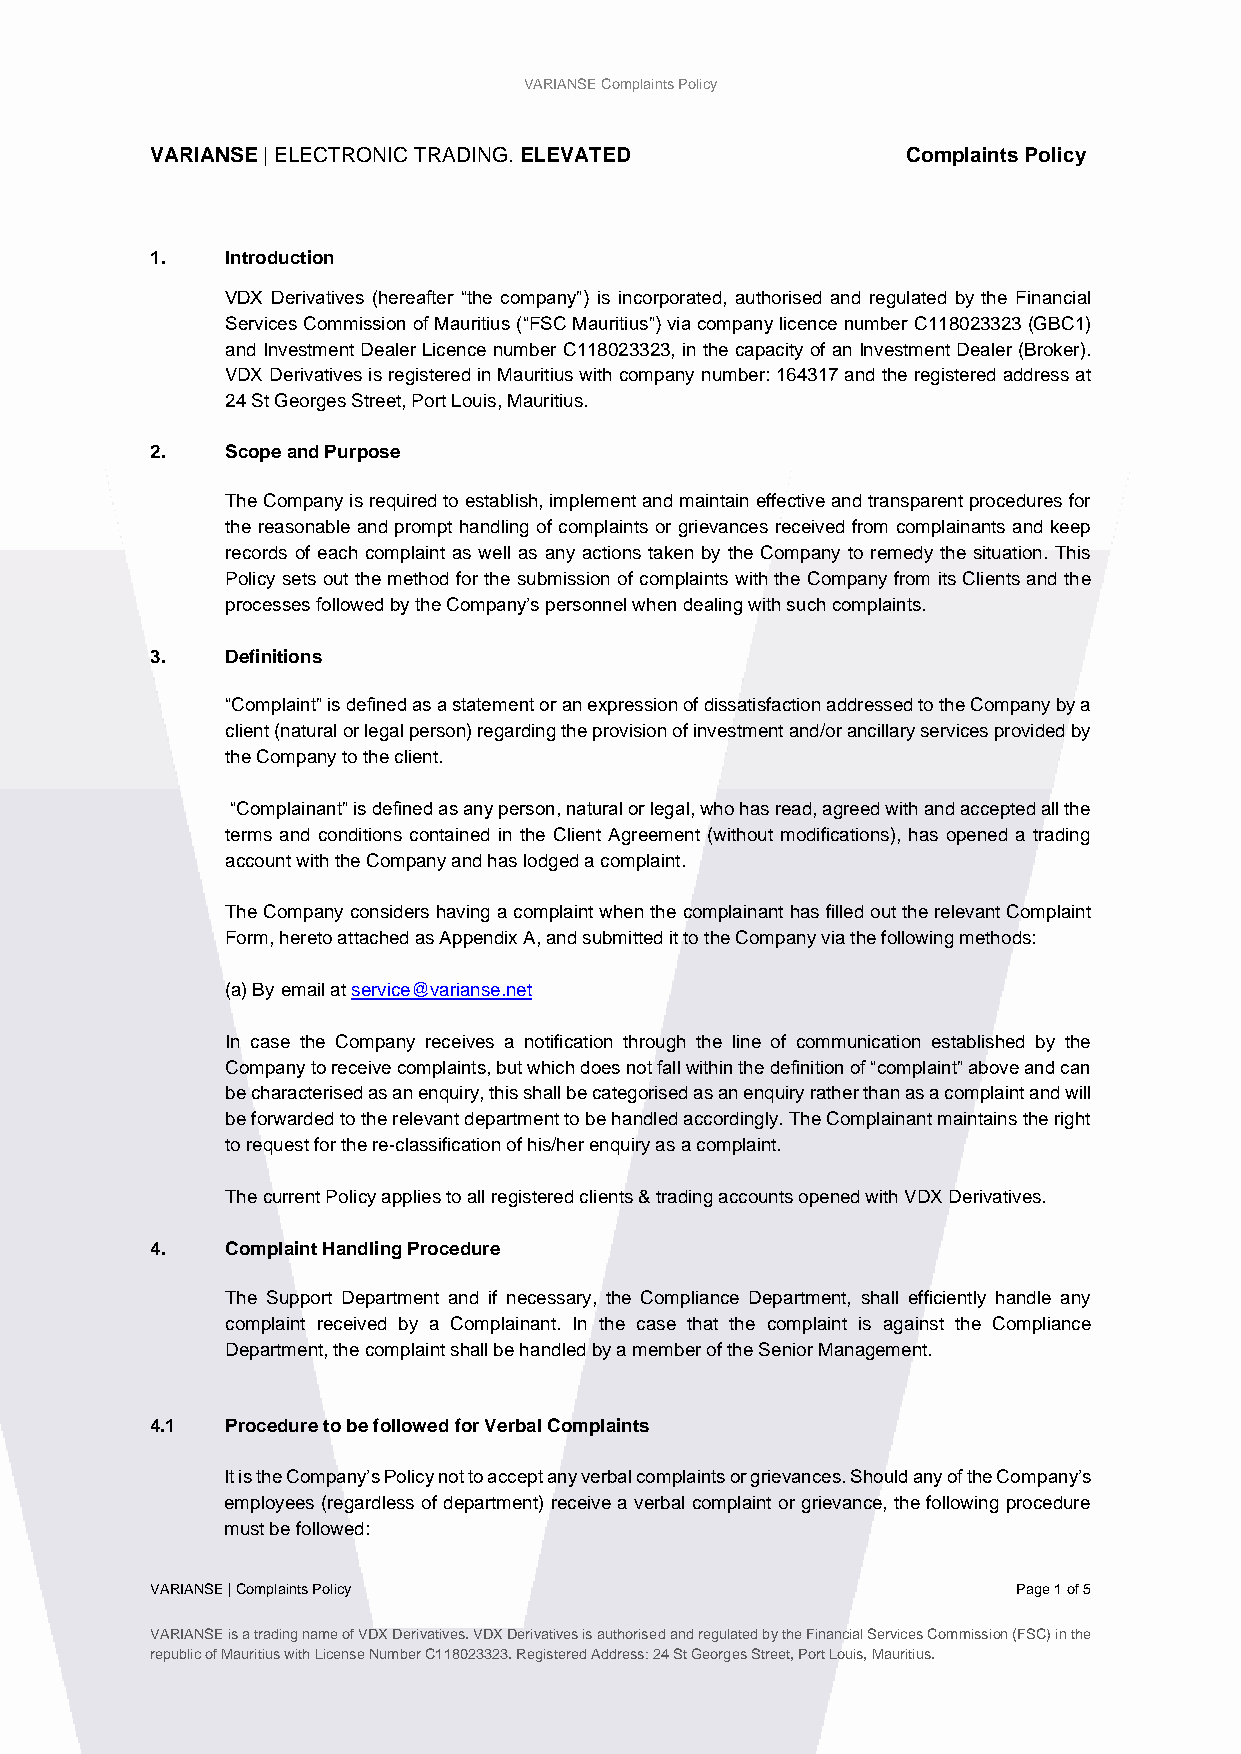
VARIANSE Complaints Policy
 VARIANSE | ELECTRONIC TRADING. ELEVATED           Complaints Policy
 1.   Introduction
 VDX Derivatives (hereafter “the company”) is incorporated, authorised and regulated by the Financial
 Services Commission of Mauritius (“FSC Mauritius”) via company licence number C118023323 (GBC1)
 and Investment Dealer Licence number C118023323, in the capacity of an Investment Dealer (Broker).
 VDX Derivatives is registered in Mauritius with company number: 164317 and the registered address at
 24 St Georges Street, Port Louis, Mauritius.
 2.   Scope and Purpose
 The Company is required to establish, implement and maintain effective and transparent procedures for
 the reasonable and prompt handling of complaints or grievances received from complainants and keep
 records of each complaint as well as any actions taken by the Company to remedy the situation. This
 Policy sets out the method for the submission of complaints with the Company from its Clients and the
 processes followed by the Company’s personnel when dealing with such complaints.
 3.   Definitions
 “Complaint” is defined as a statement or an expression of dissatisfaction addressed to the Company by a
 client (natural or legal person) regarding the provision of investment and/or ancillary services provided by
 the Company to the client.
 “Complainant” is defined as any person, natural or legal, who has read, agreed with and accepted all the
 terms and conditions contained in the Client Agreement (without modifications), has opened a trading
 account with the Company and has lodged a complaint.
 The Company considers having a complaint when the complainant has filled out the relevant Complaint
 Form, hereto attached as Appendix A, and submitted it to the Company via the following methods:
 (a) By email at service@varianse.net
 In case the Company receives a notification through the line of communication established by the
 Company to receive complaints, but which does not fall within the definition of “complaint” above and can
 be characterised as an enquiry, this shall be categorised as an enquiry rather than as a complaint and will
 be forwarded to the relevant department to be handled accordingly. The Complainant maintains the right
 to request for the re-classification of his/her enquiry as a complaint.
 The current Policy applies to all registered clients & trading accounts opened with VDX Derivatives.
 4.   Complaint Handling Procedure
 The Support Department and if necessary, the Compliance Department, shall efficiently handle any
 complaint received by a Complainant. In the case that the complaint is against the Compliance
 Department, the complaint shall be handled by a member of the Senior Management.
 4.1  Procedure to be followed for Verbal Complaints
 It is the Company’s Policy not to accept any verbal complaints or grievances. Should any of the Company’s
 employees (regardless of department) receive a verbal complaint or grievance, the following procedure
 must be followed:
 VARIANSE | Complaints Policy                             Page 1 of 5
 VARIANSE is a trading name of VDX Derivatives. VDX Derivatives is authorised and regulated by the Financial Services Commission (FSC) in the
 republic of Mauritius with License Number C118023323. Registered Address: 24 St Georges Street, Port Louis, Mauritius.